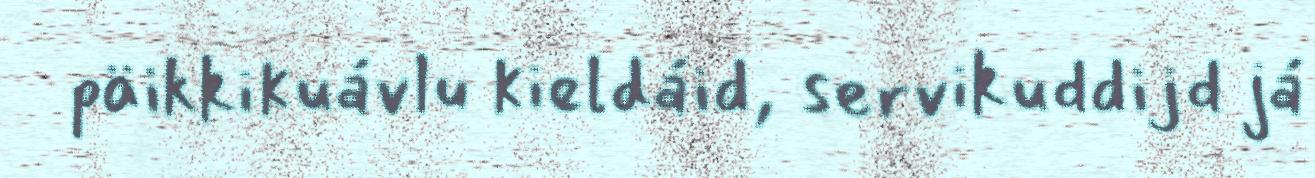
päikkikuávlu kieldáid, servikuddijd já